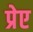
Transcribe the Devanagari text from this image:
प्रेए